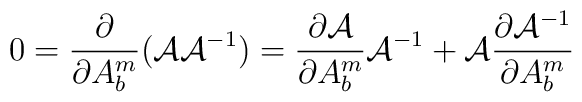
0=\frac{\partial}{\partial A^m_b}({\cal A}{\cal A}^{-1})      =\frac{\partial{\cal A}}{\partial A^m_b}{\cal A}^{-1}    +{\cal A}\frac{\partial{\cal A}^{-1}}{\partial A^m_b}